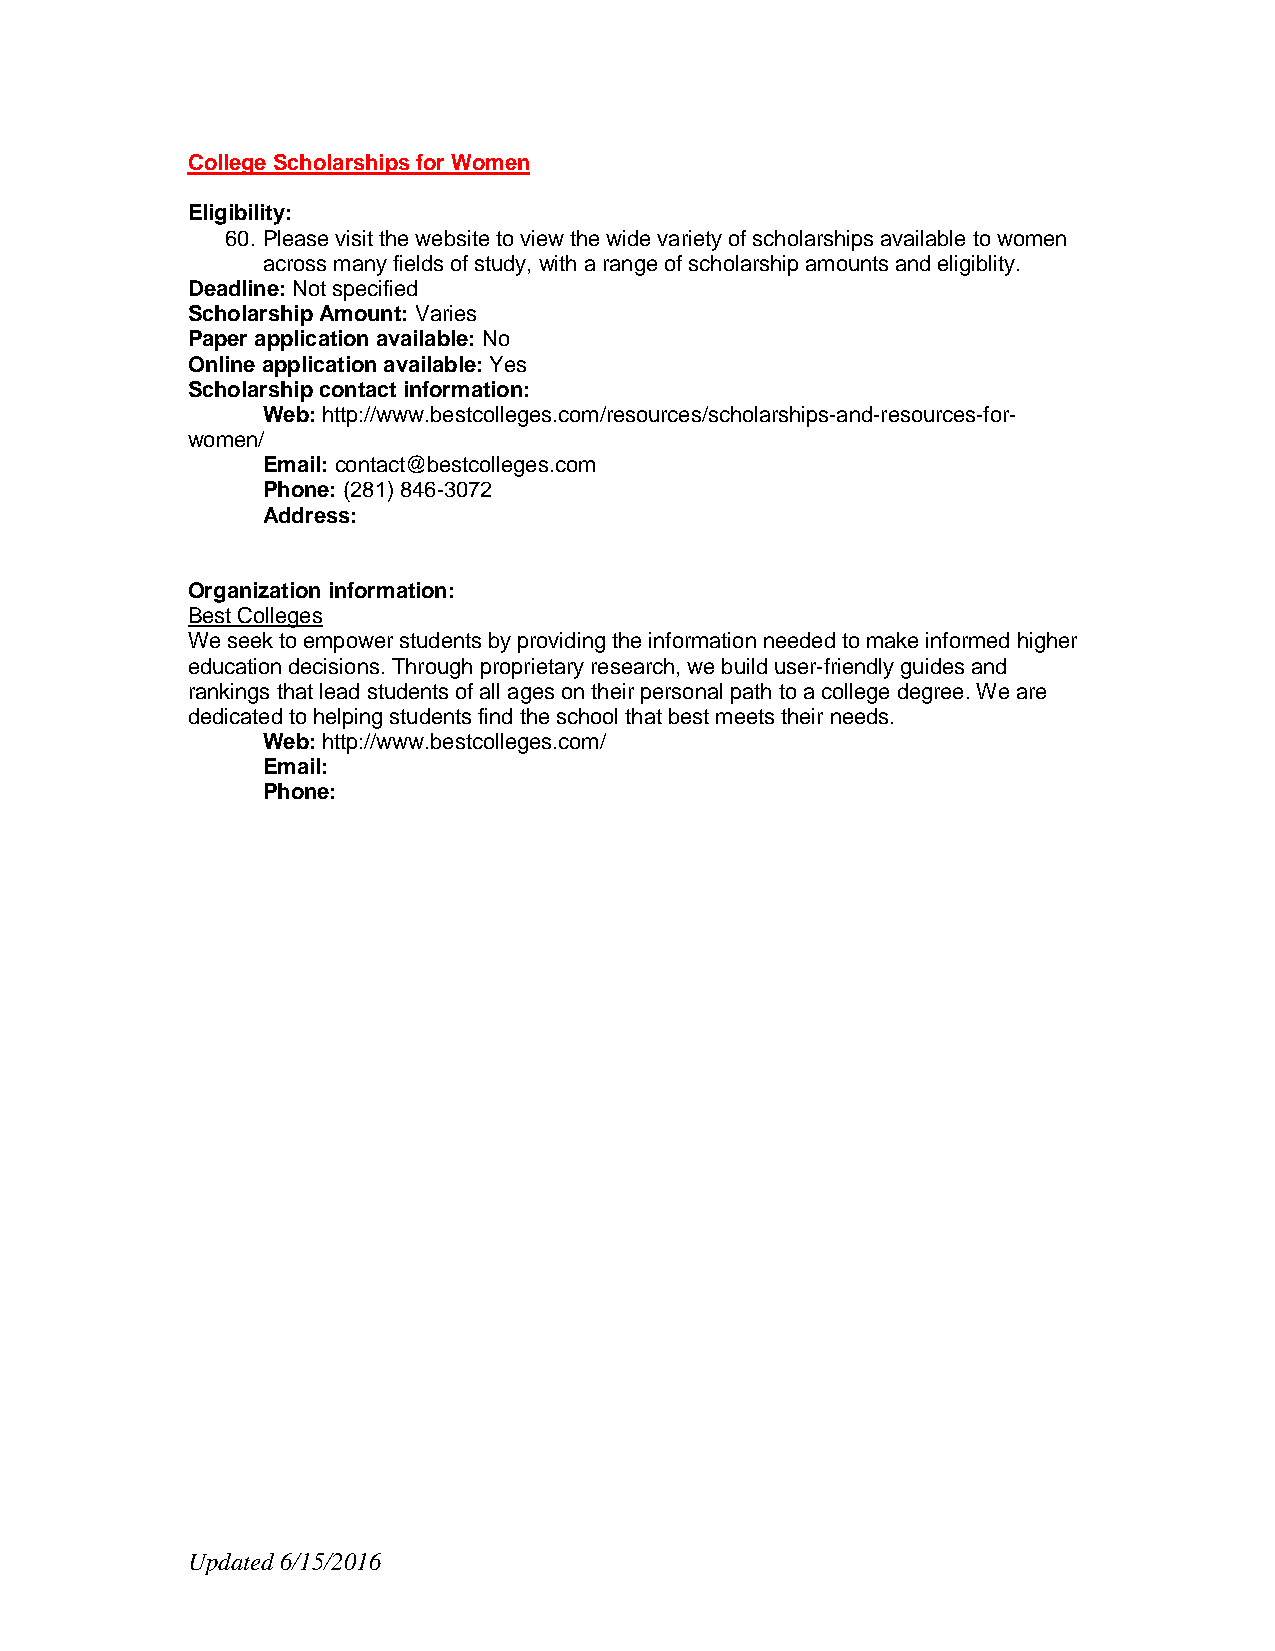
College Scholarships for Women
 Eligibility:
 60. Please visit the website to view the wide variety of scholarships available to women
 across many fields of study, with a range of scholarship amounts and eligiblity.
 Deadline: Not specified
 Scholarship Amount: Varies
 Paper application available: No
 Online application available: Yes
 Scholarship contact information:
 Web: http://www.bestcolleges.com/resources/scholarships-and-resources-for-
 women/
 Email: contact@bestcolleges.com
 Phone: (281) 846-3072
 Address:
 Organization information:
 Best Colleges
 We seek to empower students by providing the information needed to make informed higher
 education decisions. Through proprietary research, we build user-friendly guides and
 rankings that lead students of all ages on their personal path to a college degree. We are
 dedicated to helping students find the school that best meets their needs.
 Web: http://www.bestcolleges.com/
 Email:
 Phone:
 Updated 6/15/2016